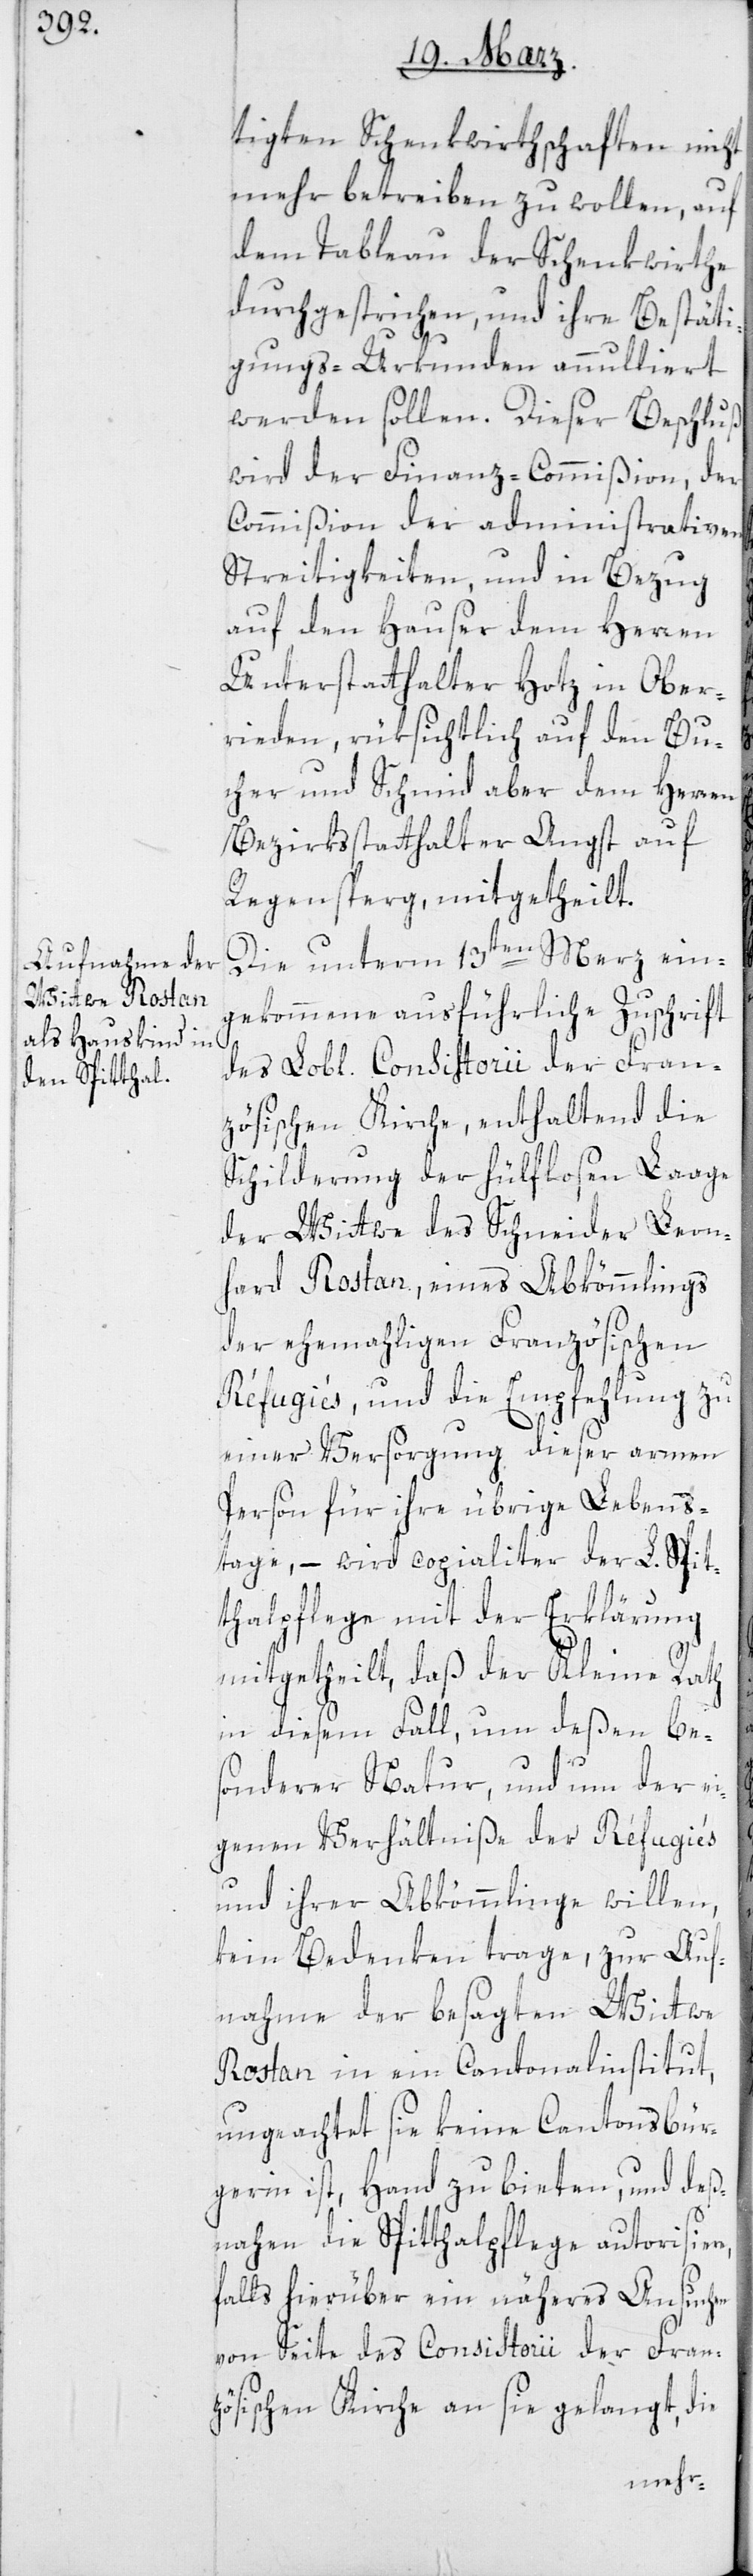
der Fran¬

tigten Schenkwirthschaften nicht
mehr betreiben zu wollen, auf
dem Tableau der Schenkwirte
durchgestrichen, und ihre Bestäti¬
gungs-Urkunden annulliert
wird der Finanz-Commißion, der
Commißion der administrativen
Streitigkeiten und in Bezug
auf den Hauser dem Herren
Unterstatthalter Hotz in Ober¬
rieden, rüksichtlich auf den Bu¬
cher und Schmid aber dem Herren
Bezirksstatthalter Angst auf
Regensperg, mitgetheilt.
Die unterm 13ten Merz ein¬
gekommene ausführliche Zuschrift
zösischen Kirche, enthaltend die
Schilderung der hülflosen Lage
der Wittwe des Schneider Leon¬
hard Rostan, eines Abkömmlings
der ehemaligen Französischen
Réfugiés, und die Empfehlung zu
einer Versorgung dieser armen
Person für ihre übrige Lebens¬
tage, – wird copialiter der L. Spit¬
thalpflege mit der Erklärung
mitgetheilt, daß der Kleine Rath
in diesem Fall, um deßen be¬
sonderer Natur und um der ei¬
genen Verhältniße der Réfugiés
und ihrer Abkömmlinge willen,
kein Bedenken trage, zur Auf¬
nahme der besagten Wittwe
Rostan in ein Cantonalinstitut,
ungeachtet sie keine Cantonsbür¬
gerin ist, Hand zu bieten, und des¬
nahen die Spitthalpflege autorisiere,
falls hierüber ein näheres Ansuchen
von Seite des Consistorii der Fran¬
zösischen Kirche an sie gelangt, die